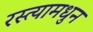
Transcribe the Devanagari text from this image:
रस्त्यामधुन